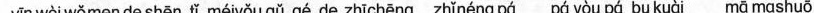
yīn wèi wǒmen de shēn tǐ méiyǒu gǔ gé de zhīchēng zhǐnéng pá pá yòu pá bu kuài mā mashuǒ ”因为我们的身体没有骨骼的支撑，只能爬，爬又爬不快。”妈妈说。